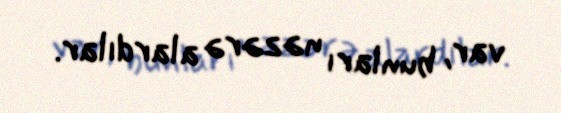
var, bunları nəzərə alardılar.